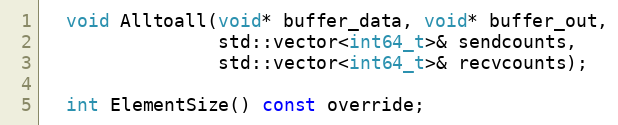
Language: C
  void Alltoall(void* buffer_data, void* buffer_out,
                std::vector<int64_t>& sendcounts,
                std::vector<int64_t>& recvcounts);

  int ElementSize() const override;